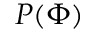
P ( \Phi )